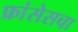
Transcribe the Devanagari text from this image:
फ्रांसेसचा